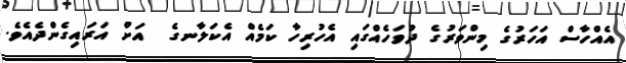
އެއްހާސް އަހަރުގެ މިންވަރުގެ ދުވަހެއްގައި އެހުރިހާ ކަމެއް އެކަލާނގެ  އަށް އަރައިގެންދެއެވެ.